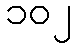
၁၀၂